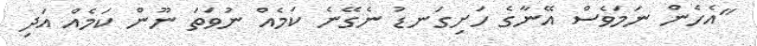
"އެހެން ނަމަވެސް އޭނާގެ ހަށިގަނޑު ނެގޭނެ ކަމެއް ނުވަތަ ނޫން ކަމެއް އަދި